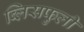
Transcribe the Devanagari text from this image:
ब्लिसफुली